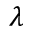
\lambda